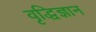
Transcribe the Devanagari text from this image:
वृद्धिज्ञान